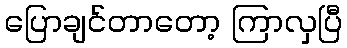
ပြောချင်တာတော့ ကြာလှပြီ